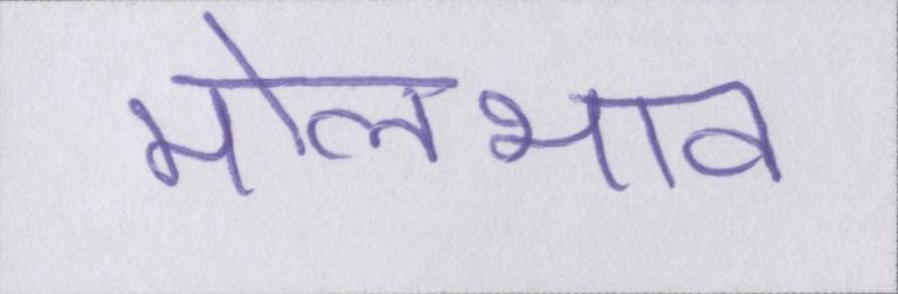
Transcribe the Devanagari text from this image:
मोलभाव